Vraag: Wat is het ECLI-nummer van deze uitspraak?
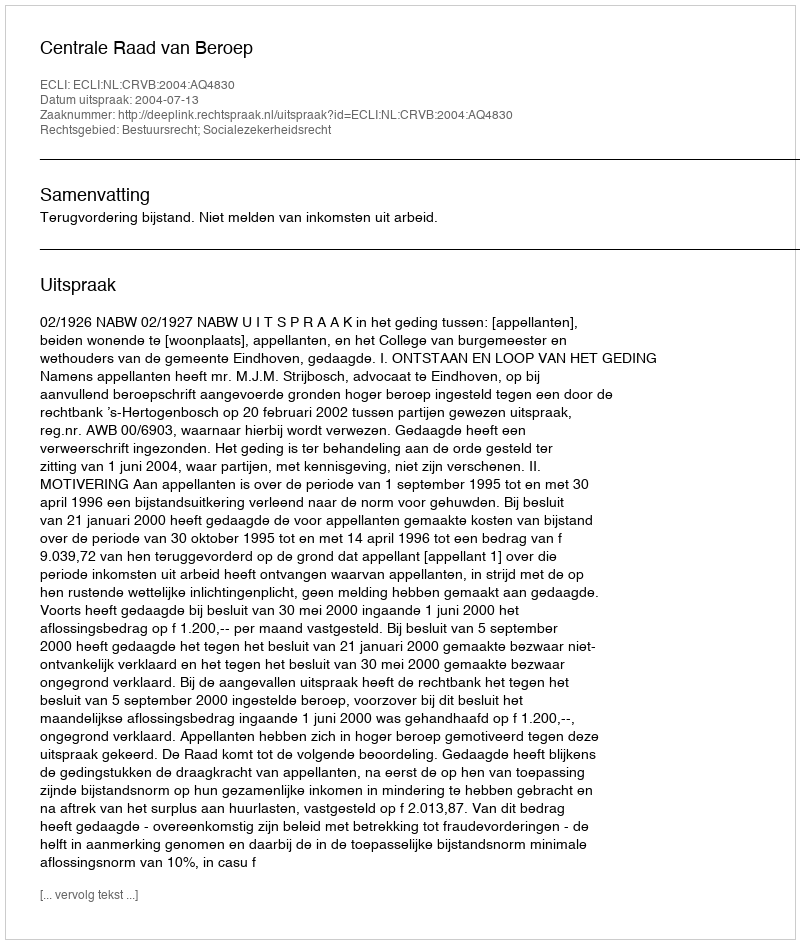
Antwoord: ECLI:NL:CRVB:2004:AQ4830